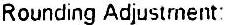
ROUNDING ADJUSTMENT: